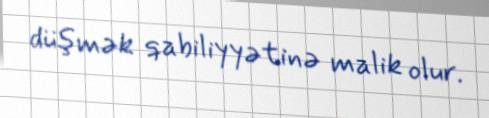
düşmək qabiliyyətinə malik olur.